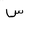
Letter: _sin